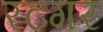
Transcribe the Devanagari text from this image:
रटगर